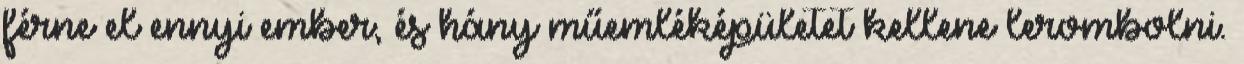
férne el ennyi ember, és hány műemléképületet kellene lerombolni.